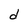
Character: d